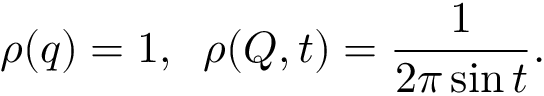
\rho ( q ) = 1 , \; \; \rho ( Q , t ) = { \frac { 1 } { 2 \pi \sin t } } .